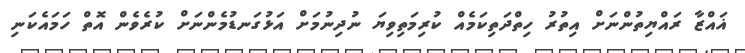
ޣައްޒާ ރައްޔިތުންނަށް އިތުރު ހިތްދަތިކަމެއް ކުރިމަތިވިޔަ ނުދިނުމަށް އަޅުގަނޑުމެންނަށް ކުރެވެން އޮތް ހަމައެކަނި